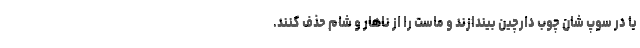
یا در سوپ شان چوب دارچین بیندازند و ماست را از ناهار و شام حذف کنند.